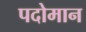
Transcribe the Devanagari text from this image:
पदोमान